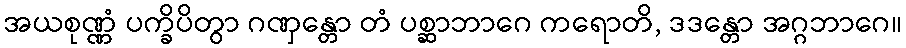
အယစုဏ္ဏံ ပက္ခိပိတွာ ဂဏှန္တော တံ ပစ္ဆာဘာဂေ ကရောတိ, ဒဒန္တော အဂ္ဂဘာဂေ။